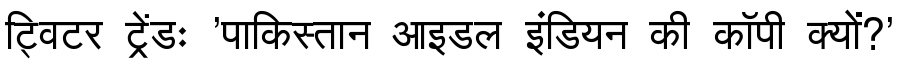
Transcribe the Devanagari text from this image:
ट्विटर ट्रेंडः 'पाकिस्तान आइडल इंडियन की कॉपी क्यों?'